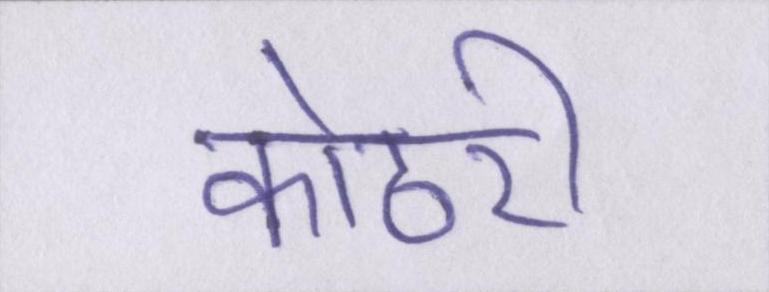
कोठरी